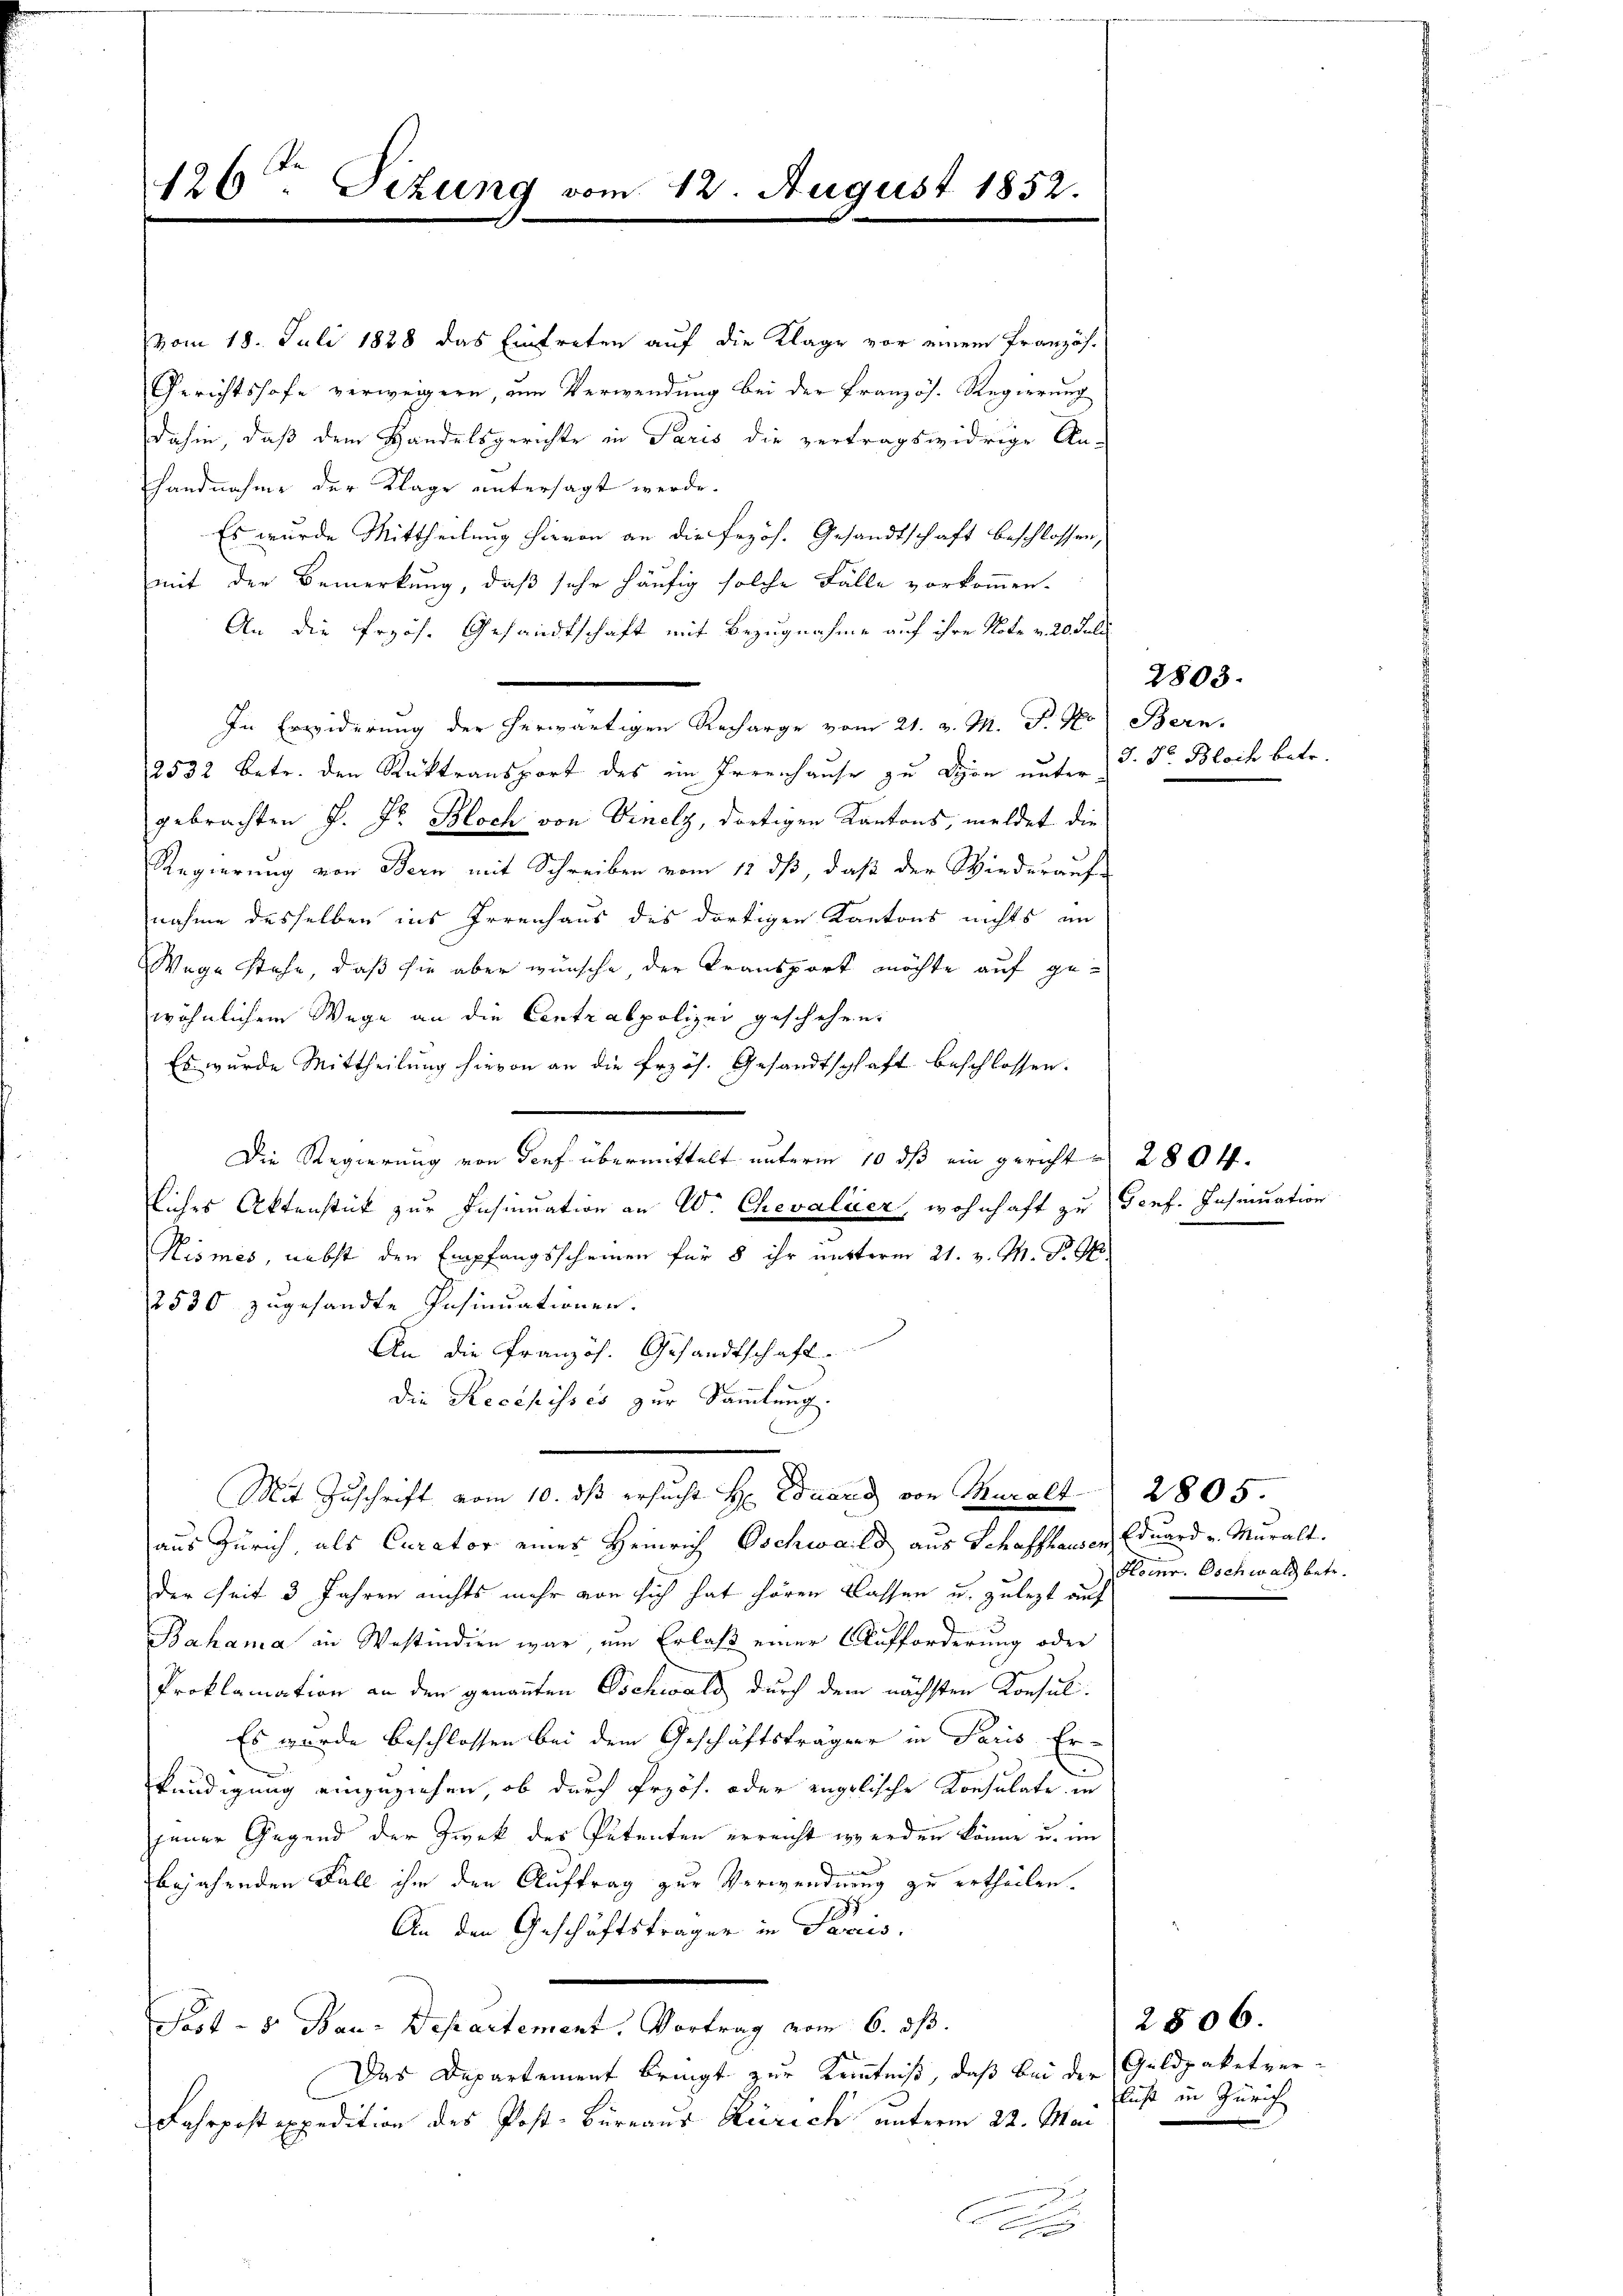
vom 18. Juli 1888 das Eintreten auf die Klage vor einem Französ.
Gerichtshofe verweigern, um Verwendung bei der Französ. Regierung
dahin, daß dem Handelsgerichte in Paris die vertragswidrige An-
handnahme der Klage untersagt werde.
Es wurde Mittheilung hievon an die frzös. Gesandtschaft beschlossen,
mit der Bemerkung, daß sehr häufig solche Fälle vorkommen.
An die Przös. Gesandtschaft mit Bezugnahme auf ihre Note v. 20. Juli
In Erwiderung der herwärtigen Recharge vom 21. v. M. D. So Bern.
2532 betr. den Rüktransport des im Irrenhause zu Lyon unter
gebrachten J. Jr. Bloch von Vinelz, dortigen Kantons, meldet die
Regierung von Bern mit Schreiben vom 15. dß, daß der Wiederauf-
nahme desselben ins Irrenhaus des dortigen Kantons nichts in
Wege stehe, daß sie aber wünsche der Transport möchte auf gewöhnlichem Wege an die Centralpolizei geschehen,
Es wurde Mittheilung hievon an die Erzös. Gesandtschaft beschlossen.
Die Regierung von Dorf übermittelt unterm 10. ds ein gericht 280 ff.
liches Aktenstück zur Insinuation an W. Chevaliier, wohnhaft zu Genf. Insinuation
Kismes, nebst den Empfangsscheinen für 8 ihr unterm 21. v. M. P. G.
2530 zugesandte Insinuationen.
An die Französ. Gesandtschaft.
die Recepisses zur Sammlung.
Mit Zuschrift vom 10. dβ ersucht H. Eduard von Muralt
aus Zürich, als Curator eines Heinrich Oschwald aus Schaffhausen Eduard v. Muralt.
der Zeit 3 Jahren nichts mehr von sich hat hören Classen u. zulezt auf
Bahama in Westindien war, um Erlaß einer Aufforderung oder
Proklamation an den genannten Oschwald durch dem nächsten Konsul¬
Es wurde beschlossen bei dem Geschäftsträger in Paris Erkundigung einzuziehen, ob durch Przös. oder engelische Konsulate in
jener Gegend der Zwek des Petenten erreicht werden könne u. im
bejahenden Fall ihr den Auftrag zur Verwendung zu ertheilen.
183
An den Geschäftsträger in Jarus,
Post - 5. Bau-Departement. Vortrag vom 6. ds.
Das Departement bringt zur Kenntniß, daß bei der Geldpaketver-
Fahrpost expedition des Post-Büreaus Zürich unterm 22. Mai

126ten Sitzung vom 12. August 1852.

2803.
J. J. Bloch betr.

2805.
Heinr. Oschwald betr.

2806.
lust in Zürich